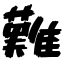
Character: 難